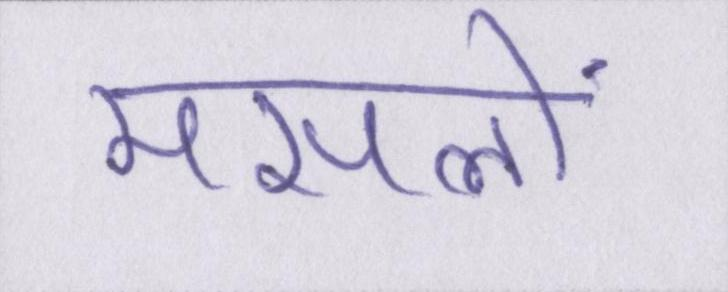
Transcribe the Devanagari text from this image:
मसलों